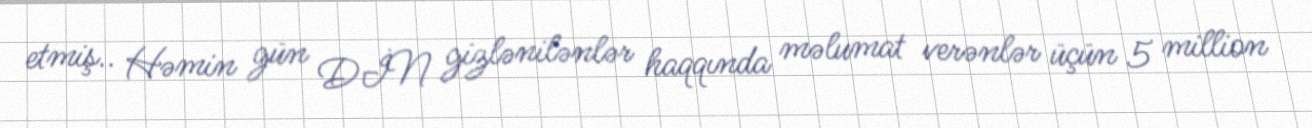
etmiş.. Həmin gün DİN gizlənilənlər haqqında məlumat verənlər üçün 5 million